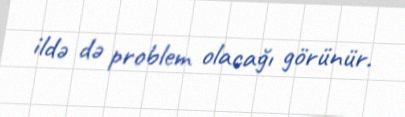
ildə də problem olacağı görünür.